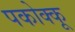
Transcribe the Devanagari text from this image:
पकोक्कू